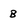
Character: B